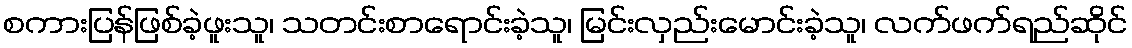
စကားပြန်ဖြစ်ခဲ့ဖူးသူ၊ သတင်းစာရောင်းခဲ့သူ၊ မြင်းလှည်းမောင်းခဲ့သူ၊ လက်ဖက်ရည်ဆိုင်